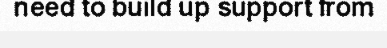
need to build up support from